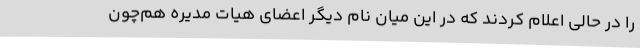
را در حالی اعلام کردند که در این میان نام دیگر اعضای هیات مدیره هم‌چون